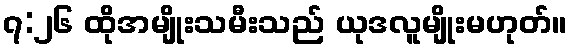
၇:၂၆ ထိုအမျိုးသမီးသည် ယုဒလူမျိုးမဟုတ်။